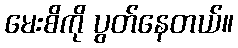
မေးစိကို ပွတ်နေတယ်။